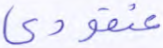
عنقودي